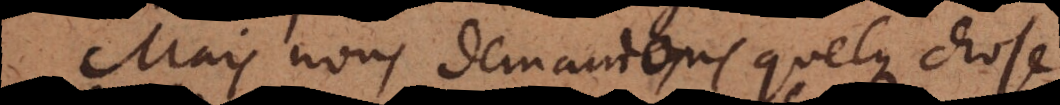
Mais nous demandons quelque chose